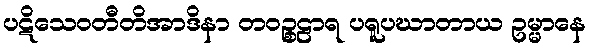
ပဋိသေဝတီတိအာဒိနာ တဝဉ္စဠာရ ပရူပဃာတာယ ဥမ္မာနေ